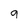
Character: 9